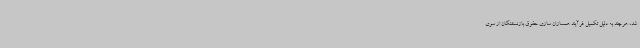
شد، هرچند به دلیل تکمیل فرآیند همسازان سازی حقوق بازنسشتگان از سوی